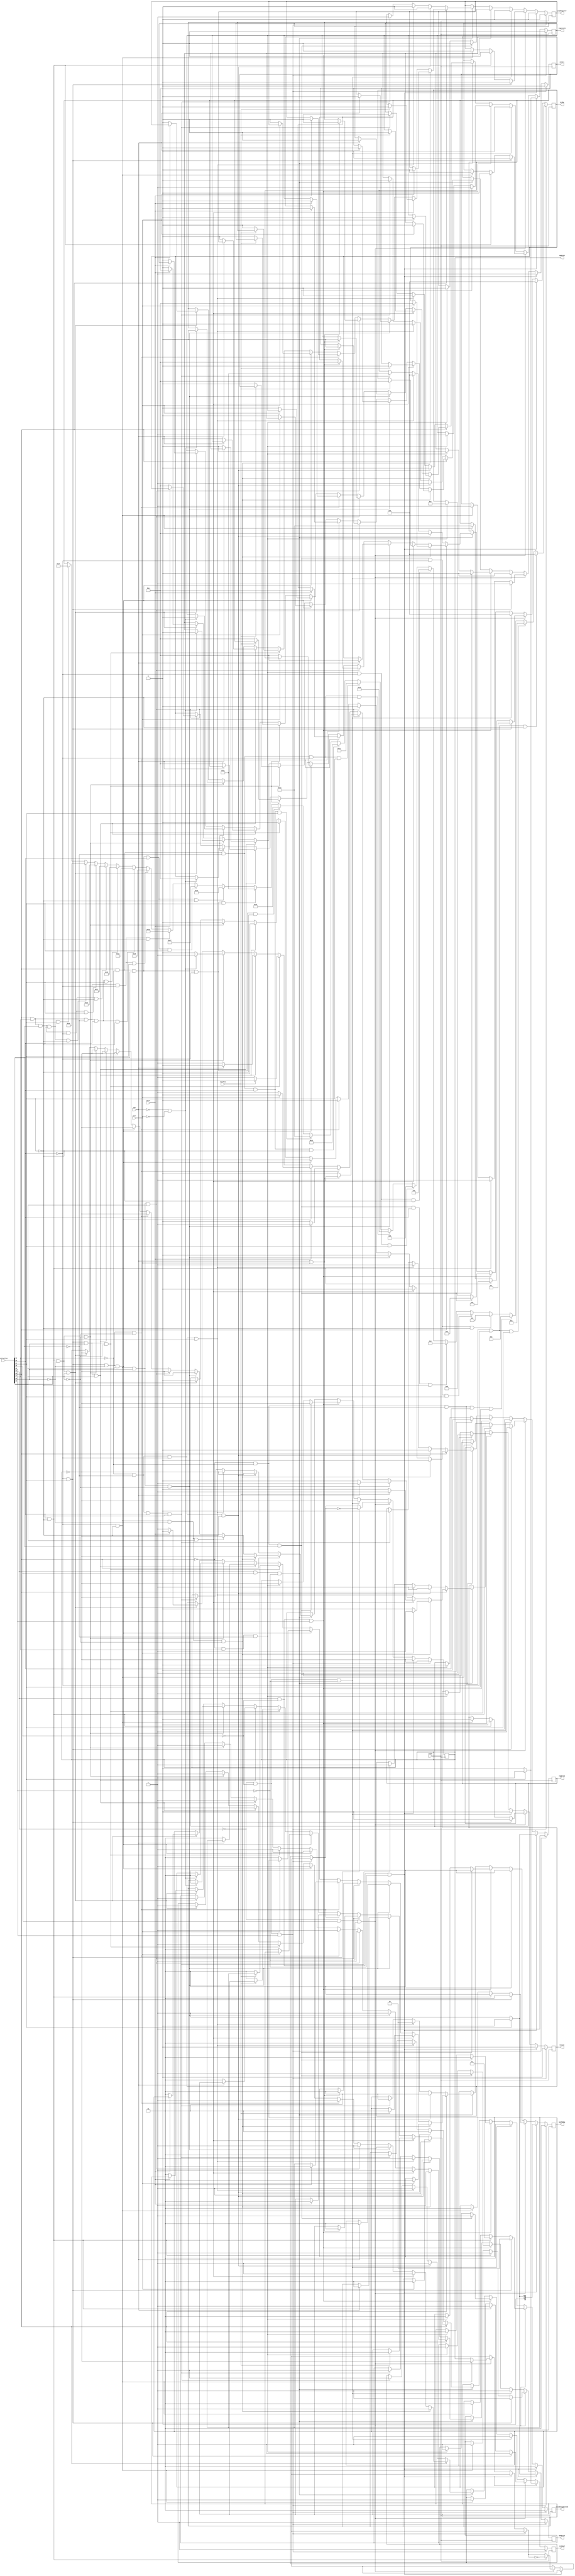
module control(clock,
	instruction,
	zero,
	overflow,
	carry,
	neg,
	branch,
	memRead,
	memWrite,
	memToReg,
	ALUOp,
	ALUSrc,
	regWrite,
	registerB,
	jumpRegister,
	updateB,
	opcodeSignExtend);

input clock, zero, overflow, carry, neg;
input [31:0] instruction;
output reg branch;
output reg memRead;
output reg memWrite;
output reg [1:0] memToReg;
output reg [4:0] ALUOp;
output reg ALUSrc;
output reg regWrite;
output reg registerB;
output reg jumpRegister;
output reg updateB;
output reg [1:0] opcodeSignExtend;

	initial begin
		branch = 1'b0;
		memRead = 1'b1;
		memWrite = 1'b1;
		memToReg = 2'b00;
		ALUSrc = 1'b0;
		regWrite = 1'b0;
		registerB = 1'b0;
		jumpRegister = 1'b0;
		opcodeSignExtend = 2'b00;
		updateB = 1'b0;
	end

	always @(posedge clock) begin
		// Se for logica ou aritmetica
		if(instruction[31] == 0 && instruction[30] == 0 && instruction[29] == 1) begin
			$display("Tipo: ULA");

			if(instruction[28] == 0 && instruction[27] == 0 && instruction[26] == 0 && instruction[25] == 0 && instruction[24] == 0) begin
				$display("Instrucao: add");
				ALUOp = 5'b00000;
			end else if(instruction[28] == 0 && instruction[27] == 0 && instruction[26] == 0 && instruction[25] == 0 && instruction[24] == 1) begin
				$display("Instrucao: addinc");
				ALUOp = 5'b00001;
			end else if(instruction[28] == 0 && instruction[27] == 0 && instruction[26] == 0 && instruction[25] == 1 && instruction[24] == 1) begin
				$display("Instrucao: inca");
				ALUOp = 5'b00011;
			end else if(instruction[28] == 0 && instruction[27] == 0 && instruction[26] == 1 && instruction[25] == 0 && instruction[24] == 0) begin
				$display("Instrucao: subdec");
				ALUOp = 5'b00100;
			end else if(instruction[28] == 0 && instruction[27] == 0 && instruction[26] == 1 && instruction[25] == 0 && instruction[24] == 1) begin
				$display("Instrucao: sub");
				ALUOp = 5'b00101;
			end else if(instruction[28] == 0 && instruction[27] == 0 && instruction[26] == 1 && instruction[25] == 1 && instruction[24] == 0) begin
				$display("Instrucao: deca");
				ALUOp = 5'b00110;
			end else if(instruction[28] == 0 && instruction[27] == 1 && instruction[26] == 0 && instruction[25] == 0 && instruction[24] == 0) begin
				$display("Instrucao: lsl");
				ALUOp = 5'b01000;
			end else if(instruction[28] == 0 && instruction[27] == 1 && instruction[26] == 0 && instruction[25] == 0 && instruction[24] == 1) begin
				$display("Instrucao: asr");
				ALUOp = 5'b01001;
			end else if(instruction[28] == 1 && instruction[27] == 0 && instruction[26] == 0 && instruction[25] == 0 && instruction[24] == 0) begin
				$display("Instrucao: zeros");
				ALUOp = 5'b10000;
			end else if(instruction[28] == 1 && instruction[27] == 0 && instruction[26] == 0 && instruction[25] == 0 && instruction[24] == 1) begin
				$display("Instrucao: and");
				ALUOp = 5'b10001;
			end else if(instruction[28] == 1 && instruction[27] == 0 && instruction[26] == 0 && instruction[25] == 1 && instruction[24] == 0) begin
				$display("Instrucao: andnota");
				ALUOp = 5'b10010;
			end else if(instruction[28] == 1 && instruction[27] == 0 && instruction[26] == 0 && instruction[25] == 1 && instruction[24] == 1) begin
				$display("Instrucao: passb");
				ALUOp = 5'b10011;
			end else if(instruction[28] == 1 && instruction[27] == 0 && instruction[26] == 1 && instruction[25] == 0 && instruction[24] == 0) begin
				$display("Instrucao: andnotb");
				ALUOp = 5'b10100;
			end else if(instruction[28] == 1 && instruction[27] == 0 && instruction[26] == 1 && instruction[25] == 0 && instruction[24] == 1) begin
				$display("Instrucao: passa");
				ALUOp = 5'b10101;
			end else if(instruction[28] == 1 && instruction[27] == 0 && instruction[26] == 1 && instruction[25] == 1 && instruction[24] == 0) begin
				$display("Instrucao: xor");
				ALUOp = 5'b10110;
			end else if(instruction[28] == 1 && instruction[27] == 0 && instruction[26] == 1 && instruction[25] == 1 && instruction[24] == 1) begin
				$display("Instrucao: or");
				ALUOp = 5'b10111;
			end else if(instruction[28] == 1 && instruction[27] == 1 && instruction[26] == 0 && instruction[25] == 0 && instruction[24] == 0) begin
				$display("Instrucao: nand");
				ALUOp = 5'b11000;
			end else if(instruction[28] == 1 && instruction[27] == 1 && instruction[26] == 0 && instruction[25] == 0 && instruction[24] == 1) begin
				$display("Instrucao: xnor");
				ALUOp = 5'b11001;
			end else if(instruction[28] == 1 && instruction[27] == 1 && instruction[26] == 0 && instruction[25] == 1 && instruction[24] == 0) begin
				$display("Instrucao: passnota");
				ALUOp = 5'b11010;
			end else if(instruction[28] == 1 && instruction[27] == 1 && instruction[26] == 0 && instruction[25] == 1 && instruction[24] == 1) begin
				$display("Instrucao: ornota");
				ALUOp = 5'b11011;
			end else if(instruction[28] == 1 && instruction[27] == 1 && instruction[26] == 1 && instruction[25] == 0 && instruction[24] == 0) begin
				$display("Instrucao: passnotb");
				ALUOp = 5'b11100;
			end else if(instruction[28] == 1 && instruction[27] == 1 && instruction[26] == 1 && instruction[25] == 0 && instruction[24] == 1) begin
				$display("Instrucao: ornotb");
				ALUOp = 5'b11101;
			end else if(instruction[28] == 1 && instruction[27] == 1 && instruction[26] == 1 && instruction[25] == 1 && instruction[24] == 0) begin
				$display("Instrucao: nor");
				ALUOp = 5'b11110;
			end else if(instruction[28] == 1 && instruction[27] == 1 && instruction[26] == 1 && instruction[25] == 1 && instruction[24] == 1) begin
				$display("Instrucao: ones");
				ALUOp = 5'b11111;
			end

			branch = 1'b0;
			ALUSrc = 1'b0;
			memRead = 1'b1;
			memWrite = 1'b1;
			memToReg = 2'b00;
			regWrite = 1'b1;
			registerB = 1'b0;
			jumpRegister = 1'b0;
			opcodeSignExtend = 2'b00;
			updateB = ~updateB;
		end
		// Se for instrucao de memoria
		else if(instruction[31] == 1 && instruction[30] == 0 && instruction[29] == 0) begin
			$display("Tipo: Memoria");
			if(instruction[24] == 0) begin
				$display("Instrucao: load");
				branch = 1'b0;
				ALUSrc = 1'b1;
				ALUOp = 5'b00000;
				memRead = 1'b0;
				memWrite = 1'b1;
				memToReg = 2'b01;
				regWrite = 1'b1;
				registerB = 1'b0;
				jumpRegister = 1'b0;
				opcodeSignExtend = 2'b00;
				updateB = ~updateB;
			end else begin
				$display("Instrucao: store");
				branch = 1'b0;
				ALUSrc = 1'b1;
				ALUOp = 5'b00000;
				memRead = 1'b1;
				memWrite = 1'b0;
				memToReg = 2'b00;
				regWrite = 1'b0;
				registerB = 1'b1;
				jumpRegister = 1'b0;
				opcodeSignExtend = 2'b00;
				updateB = ~updateB;
			end
		end
		// Se for instrucao com constante
		else if(instruction[31] == 0 && instruction[30] == 1 && instruction[29] == 0) begin
			$display("Tipo: Constante");
			if(instruction[25] == 0 && instruction[24] == 0) begin
				$display("Instrucao: loadlit");
				branch = 1'b0;
				ALUSrc = 1'b1;
				ALUOp = 5'b10011;
				memRead = 1'b1;
				memWrite = 1'b1;
				memToReg = 2'b00;
				regWrite = 1'b1;
				registerB = 1'b0;
				jumpRegister = 1'b0;
				opcodeSignExtend = 2'b00;
				updateB = ~updateB;
			end
			if(instruction[25] == 1 && instruction[24] == 0) begin
				$display("Instrucao: lch");
				branch = 1'b0;
				ALUSrc = 1'b1;
				ALUOp = 5'b01011;
				memRead = 1'b1;
				memWrite = 1'b1;
				memToReg = 2'b00;
				regWrite = 1'b1;
				registerB = 1'b0;
				jumpRegister = 1'b0;
				opcodeSignExtend = 2'b01;
				updateB = ~updateB;
			end
			if(instruction[25] == 0 && instruction[24] == 1) begin
				$display("Instrucao: lcl");
				branch = 1'b0;
				ALUSrc = 1'b1;
				ALUOp = 5'b01100;
				memRead = 1'b1;
				memWrite = 1'b1;
				memToReg = 2'b00;
				regWrite = 1'b1;
				registerB = 1'b0;
				jumpRegister = 1'b0;
				opcodeSignExtend = 2'b10;
				updateB = ~updateB;
			end
		end
		// Se for instrucao NOP
		else if(instruction[31] == 0 && instruction[30] == 0 && instruction[29] == 0) begin
			$display("Tipo: NOP");
			$display("Instrucao: nop");
			branch = 1'b0;
			ALUSrc = 1'b0;
			ALUOp = 5'b00000;
			memRead = 1'b1;
			memWrite = 1'b1;
			memToReg = 2'b00;
			regWrite = 1'b0;
			registerB = 1'b0;
			jumpRegister = 1'b0;
			opcodeSignExtend = 2'b00;
			updateB = ~updateB;
		end
		// Se for branch
		else if(instruction[31] == 1 && instruction[30] == 0 && instruction[29] == 1) begin
			$display("Tipo: Transferencia de controle");
			/*if(instruction[28] == 0 && instruction[27] == 0 && instruction[26] == 0) begin
				$display("Instrucao: jump");
				branch = 1'b1;
				ALUSrc = 1'b1;
				ALUOp = 5'b01010;
				memRead = 1'b1;
				memWrite = 1'b1;
				memToReg = 2'b00;
				regWrite = 1'b0;
				registerB = 1'b0;
				jumpRegister = 1'b0;
				opcodeSignExtend = 2'b00;
				updateB = ~updateB;
			end else */
			if(instruction[28] == 0 && instruction[27] == 0 && instruction[26] == 1) begin
				$display("Instrucao: beq");
				branch = 1'b1;
				ALUSrc = 1'b0;
				ALUOp = 5'b00010;
				memRead = 1'b1;
				memWrite = 1'b1;
				memToReg = 2'b00;
				regWrite = 1'b0;
				registerB = 1'b1;
				jumpRegister = 1'b0;
				opcodeSignExtend = 2'b00;
				updateB = ~updateB;
			end else 
			if(instruction[28] == 0 && instruction[27] == 1 && instruction[26] == 0) begin
				$display("Instrucao: bne");
				branch = 1'b1;
				ALUSrc = 1'b0;
				ALUOp = 5'b00111;
				memRead = 1'b1;
				memWrite = 1'b1;
				memToReg = 2'b00;
				regWrite = 1'b0;
				registerB = 1'b1;
				jumpRegister = 1'b0;
				opcodeSignExtend = 2'b00;
				updateB = ~updateB;
			end/* else 
			if(instruction[28] == 0 && instruction[27] == 1 && instruction[26] == 1) begin
				$display("Instrucao: jal");
				branch = 1'b1;
				ALUSrc = 1'b0;
				ALUOp = 5'b00000;
				memRead = 1'b1;
				memWrite = 1'b1;
				memToReg = 2'b10;
				regWrite = 1'b1;
				registerB = 1'b0;
				jumpRegister = 1'b0;
				opcodeSignExtend = 2'b00;
				updateB = ~updateB;
			end else 
			if(instruction[28] == 1 && instruction[27] == 0 && instruction[26] == 0) begin
				$display("Instrucao: jr");
				branch = 1'b1;
				ALUSrc = 1'b0;
				ALUOp = 5'b10101;
				memRead = 1'b1;
				memWrite = 1'b1;
				memToReg = 2'b00;
				regWrite = 1'b0;
				registerB = 1'b0;
				jumpRegister = 1'b1;
				opcodeSignExtend = 2'b00;
				updateB = ~updateB;
			end*/
		end
		// Se for jump
		else if(instruction[31] == 1 && instruction[30] == 1 && instruction[29] == 0) begin
			$display("Tipo: Transferencia de controle");
			if(instruction[28] == 0) begin // Jump incondicional
				if(instruction[27] == 0 && instruction[26] == 0 && instruction[25] == 0 && instruction[24] == 0) begin
					$display("Instrucao: jump");
					branch = 1'b1;
					ALUSrc = 1'b1;
					ALUOp = 5'b01010;
					memRead = 1'b1;
					memWrite = 1'b1;
					memToReg = 2'b00;
					regWrite = 1'b0;
					registerB = 1'b0;
					jumpRegister = 1'b0;
					opcodeSignExtend = 2'b00;
					updateB = ~updateB;					
				end
				else if(instruction[27] == 0 && instruction[26] == 0 && instruction[25] == 0 && instruction[24] == 1) begin
					$display("Instrucao: jal");
					branch = 1'b1;
					ALUSrc = 1'b0;
					ALUOp = 5'b00000;
					memRead = 1'b1;
					memWrite = 1'b1;
					memToReg = 2'b10;
					regWrite = 1'b1;
					registerB = 1'b0;
					jumpRegister = 1'b0;
					opcodeSignExtend = 2'b00;
					updateB = ~updateB;
				end
				else if(instruction[27] == 0 && instruction[26] == 0 && instruction[25] == 1 && instruction[24] == 0) begin
					$display("Instrucao: jr");
					branch = 1'b1;
					ALUSrc = 1'b0;
					ALUOp = 5'b10101;
					memRead = 1'b1;
					memWrite = 1'b1;
					memToReg = 2'b00;
					regWrite = 1'b0;
					registerB = 1'b0;
					jumpRegister = 1'b1;
					opcodeSignExtend = 2'b00;
					updateB = ~updateB;
				end
			end
			else begin // Jump condicional
				if (instruction[25] == 0 && instruction[24] == 0 && instruction[23] == 0 && instruction[22] == 0) begin
					$display("Instrucao: jt - Cond: zero");
					if (zero == 1) begin
						branch = 1'b1;
						ALUSrc = 1'b0;
						ALUOp = 5'b01010;
						memRead = 1'b1;
						memWrite = 1'b1;
						memToReg = 2'b00;
						regWrite = 1'b0;
						registerB = 1'b0;
						jumpRegister = 1'b0;
						opcodeSignExtend = 2'b00;
						updateB = ~updateB;
					end else begin
						branch = 1'b0;
						memRead = 1'b1;
						memWrite = 1'b1;
						regWrite = 1'b0;
						updateB = ~updateB;
					end
				end
				else if (instruction[25] == 0 && instruction[24] == 0 && instruction[23] == 0 && instruction[22] == 1) begin
					$display("Instrucao: jt - Cond: overflow");
					if (overflow == 1) begin
						branch = 1'b1;
						ALUSrc = 1'b0;
						ALUOp = 5'b01010;
						memRead = 1'b1;
						memWrite = 1'b1;
						memToReg = 2'b00;
						regWrite = 1'b0;
						registerB = 1'b0;
						jumpRegister = 1'b0;
						opcodeSignExtend = 2'b00;
						updateB = ~updateB;
					end else begin
						branch = 1'b0;
						memRead = 1'b1;
						memWrite = 1'b1;
						regWrite = 1'b0;
						updateB = ~updateB;
					end
				end
				else if (instruction[25] == 0 && instruction[24] == 0 && instruction[23] == 1 && instruction[22] == 0) begin
					$display("Instrucao: jt - Cond: neg");
					if (neg == 1) begin
						branch = 1'b1;
						ALUSrc = 1'b0;
						ALUOp = 5'b01010;
						memRead = 1'b1;
						memWrite = 1'b1;
						memToReg = 2'b00;
						regWrite = 1'b0;
						registerB = 1'b0;
						jumpRegister = 1'b0;
						opcodeSignExtend = 2'b00;
						updateB = ~updateB;
					end else begin
						branch = 1'b0;
						memRead = 1'b1;
						memWrite = 1'b1;
						regWrite = 1'b0;
						updateB = ~updateB;
					end
				end
				else if (instruction[25] == 0 && instruction[24] == 0 && instruction[23] == 1 && instruction[22] == 1) begin
					$display("Instrucao: jt - Cond: negzero");
					if (neg == 1 || zero == 1) begin
						branch = 1'b1;
						ALUSrc = 1'b0;
						ALUOp = 5'b01010;
						memRead = 1'b1;
						memWrite = 1'b1;
						memToReg = 2'b00;
						regWrite = 1'b0;
						registerB = 1'b0;
						jumpRegister = 1'b0;
						opcodeSignExtend = 2'b00;
						updateB = ~updateB;
					end else begin
						branch = 1'b0;
						memRead = 1'b1;
						memWrite = 1'b1;
						regWrite = 1'b0;
						updateB = ~updateB;
					end
				end
				else if (instruction[25] == 0 && instruction[24] == 1 && instruction[23] == 0 && instruction[22] == 0) begin
					$display("Instrucao: jt - Cond: carry");
					if (carry == 1) begin
						branch = 1'b1;
						ALUSrc = 1'b0;
						ALUOp = 5'b01010;
						memRead = 1'b1;
						memWrite = 1'b1;
						memToReg = 2'b00;
						regWrite = 1'b0;
						registerB = 1'b0;
						jumpRegister = 1'b0;
						opcodeSignExtend = 2'b00;
						updateB = ~updateB;
					end else begin
						branch = 1'b0;
						memRead = 1'b1;
						memWrite = 1'b1;
						regWrite = 1'b0;
						updateB = ~updateB;
					end
				end
				else if (instruction[25] == 0 && instruction[24] == 1 && instruction[23] == 0 && instruction[22] == 1) begin
					$display("Instrucao: jf - Cond: zero");
					if (zero == 0) begin
						branch = 1'b1;
						ALUSrc = 1'b0;
						ALUOp = 5'b01010;
						memRead = 1'b1;
						memWrite = 1'b1;
						memToReg = 2'b00;
						regWrite = 1'b0;
						registerB = 1'b0;
						jumpRegister = 1'b0;
						opcodeSignExtend = 2'b00;
						updateB = ~updateB;
					end else begin
						branch = 1'b0;
						memRead = 1'b1;
						memWrite = 1'b1;
						regWrite = 1'b0;
						updateB = ~updateB;
					end
				end
				else if (instruction[25] == 0 && instruction[24] == 1 && instruction[23] == 1 && instruction[22] == 0) begin
					$display("Instrucao: jf - Cond: overflow");
					if (overflow == 0) begin
						branch = 1'b1;
						ALUSrc = 1'b0;
						ALUOp = 5'b01010;
						memRead = 1'b1;
						memWrite = 1'b1;
						memToReg = 2'b00;
						regWrite = 1'b0;
						registerB = 1'b0;
						jumpRegister = 1'b0;
						opcodeSignExtend = 2'b00;
						updateB = ~updateB;
					end else begin
						branch = 1'b0;
						memRead = 1'b1;
						memWrite = 1'b1;
						regWrite = 1'b0;
						updateB = ~updateB;
					end
				end
				else if (instruction[25] == 0 && instruction[24] == 1 && instruction[23] == 1 && instruction[22] == 1) begin
					$display("Instrucao: jf - Cond: neg");
					if (neg == 0) begin
						branch = 1'b1;
						ALUSrc = 1'b0;
						ALUOp = 5'b01010;
						memRead = 1'b1;
						memWrite = 1'b1;
						memToReg = 2'b00;
						regWrite = 1'b0;
						registerB = 1'b0;
						jumpRegister = 1'b0;
						opcodeSignExtend = 2'b00;
						updateB = ~updateB;
					end else begin
						branch = 1'b0;
						memRead = 1'b1;
						memWrite = 1'b1;
						regWrite = 1'b0;
						updateB = ~updateB;
					end
				end
				else if (instruction[25] == 1 && instruction[24] == 0 && instruction[23] == 0 && instruction[22] == 0) begin
					$display("Instrucao: jf - Cond: negzero");
					if (neg == 0 || zero == 0) begin
						branch = 1'b1;
						ALUSrc = 1'b0;
						ALUOp = 5'b01010;
						memRead = 1'b1;
						memWrite = 1'b1;
						memToReg = 2'b00;
						regWrite = 1'b0;
						registerB = 1'b0;
						jumpRegister = 1'b0;
						opcodeSignExtend = 2'b00;
						updateB = ~updateB;
					end else begin
						branch = 1'b0;
						memRead = 1'b1;
						memWrite = 1'b1;
						regWrite = 1'b0;
						updateB = ~updateB;
					end
				end
				else if (instruction[25] == 1 && instruction[24] == 0 && instruction[23] == 0 && instruction[22] == 1) begin
					$display("Instrucao: jf - Cond: carry");
					if (carry == 0) begin
						branch = 1'b1;
						ALUSrc = 1'b0;
						ALUOp = 5'b01010;
						memRead = 1'b1;
						memWrite = 1'b1;
						memToReg = 2'b00;
						regWrite = 1'b0;
						registerB = 1'b0;
						jumpRegister = 1'b0;
						opcodeSignExtend = 2'b00;
						updateB = ~updateB;
					end else begin
						branch = 1'b0;
						memRead = 1'b1;
						memWrite = 1'b1;
						regWrite = 1'b0;
						updateB = ~updateB;
					end
				end
			end

		end
		// Se for tipo desconhecido
		else begin
			$display("Instrucao tipo: Desconhecido");
		end
	end

endmodule